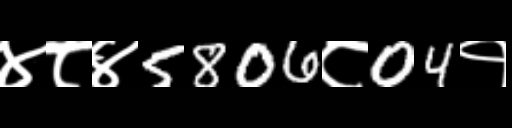
Text: ४८४5806८04१